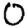
Digit: 0